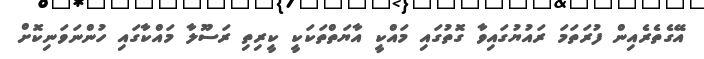
އޭގެތެރެއިން ފުރަތަމަ ރައުޔުގައިވާ ގޮތުގައި މައްކީ އާޔަތްތަކަކީ ކީރިތި ރަސޫލާ މައްކާގައި ހުންނަވަނިކޮށް